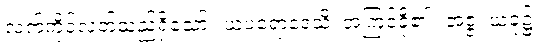
လက်ကိုင်လတ်သည်ရှိသော်။ ယံပရောဒေသိ၊ အကြင်ငို၏။ အဇ္ဇ၊ ယခု၌။